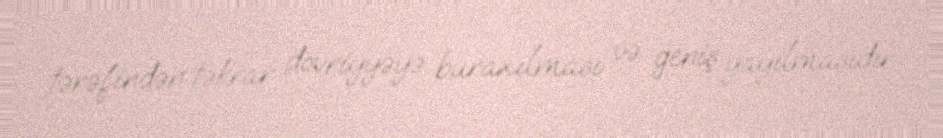
tərəfindən təkrar dövriyyəyə buraxılması və geniş yayılmasıdır.